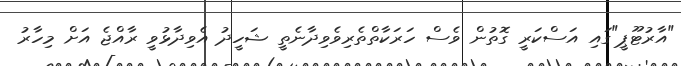
"އާރުޓޫޕީ"ގައި އަސްކަރީ ގޮތުން ވެސް ހަރަކާތްތެރިވެވިދާނެތީ ޝަހީދު އެވިދާޅުވީ ރާއްޖެ އަށް މިހާރު